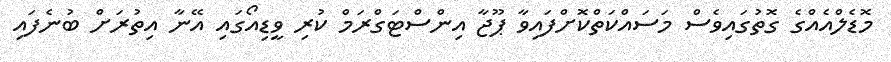
މޮޑެލްއެއްގެ ގޮތުގައިވެސް މަސައްކަތްކޮށްފައިވާ ޕޫޖާ އިންސްޓަގްރަމް ކުރި ވީޑިއޯގައި އޭނާ އިތުރަށް ބުނެފައި